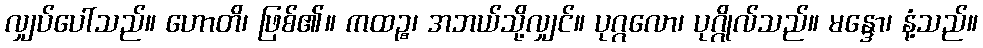
လျှပ်ပေါ်သည်။ ဟောတိ၊ ဖြစ်၏။ ကထဉ္စ၊ အဘယ်သို့လျှင်။ ပုဂ္ဂလော၊ ပုဂ္ဂိုလ်သည်။ မန္ဒော၊ နံ့သည်။